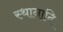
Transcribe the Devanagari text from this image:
स्थानादि